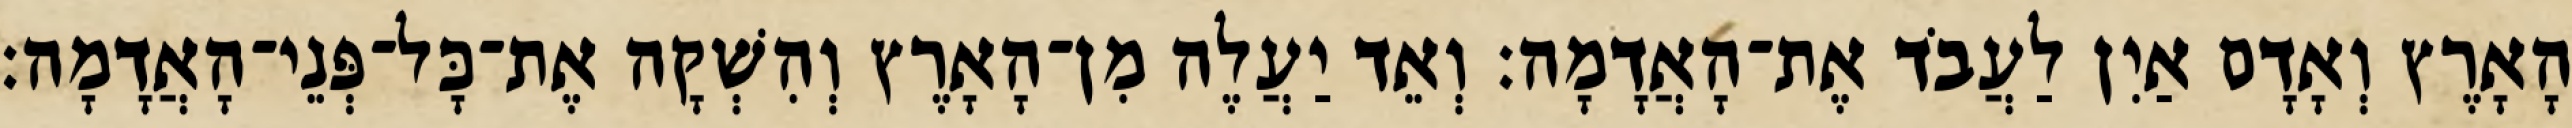
הָאָרֶץ וְאָדָם אַיִן לַעֲבֹד אֶת־הָאֲדָמָה׃ וְאֵד יַעֲלֶה מִן־הָאָרֶץ וְהִשְׁקָה אֶת־כָּל־פְּנֵי־הָאֲדָמָה׃